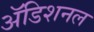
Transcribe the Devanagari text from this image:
अॅडिशनल